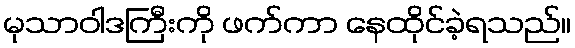
မုသာဝါဒကြီးကို ဖက်ကာ နေထိုင်ခဲ့ရသည်။